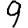
Digit: 9